Indian journal of veterinary science and animal husbandry - Volume 3,
Year: 1933
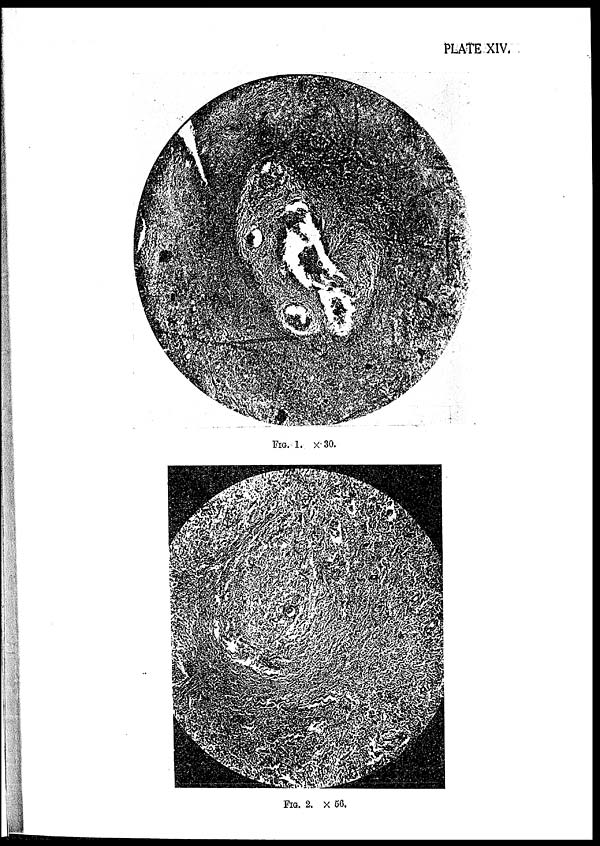
PLATE XIV.
FIG. 1. × 30.
FIG. 2. × 56.